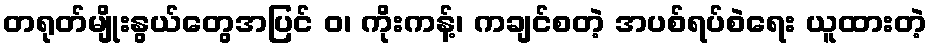
တရုတ်မျိုးနွယ်တွေအပြင် ဝ၊ ကိုးကန့်၊ ကချင်စတဲ့ အပစ်ရပ်စဲရေး ယူထားတဲ့